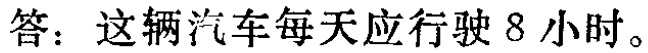
答：这辆汽车每天应行驶 8 小时。